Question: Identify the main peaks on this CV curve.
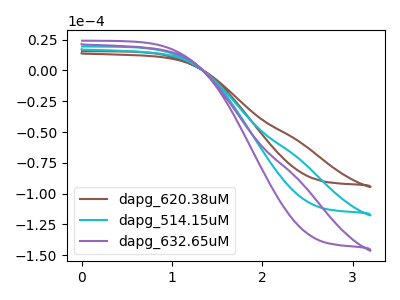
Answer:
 <answer>The brown curve "dapg_620.38uM" has no peaks. The cyan curve "dapg_514.15uM" has no peaks. The purple curve "dapg_632.65uM" has no peaks.</answer>
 <eval></eval>